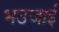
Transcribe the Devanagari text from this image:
भउजाई